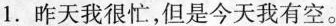
1.昨天我很忙，但是今天我有空。